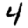
Digit: 4